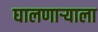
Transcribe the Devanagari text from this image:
घालणार्‍याला